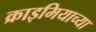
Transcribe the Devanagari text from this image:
क्राइमियाच्या